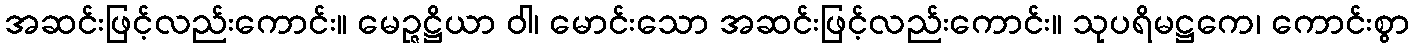
အဆင်းဖြင့်လည်းကောင်း။ မေဉ္ဇဋ္ဌိယာ ဝါ၊ မောင်းသော အဆင်းဖြင့်လည်းကောင်း။ သုပရိမဋ္ဌကေ၊ ကောင်းစွာ